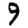
Digit: 9